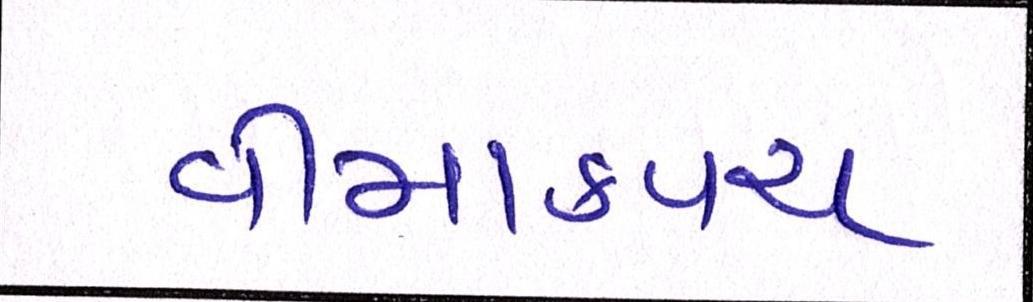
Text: વીમાકવચ